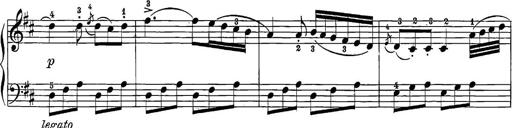
Title: 12 Sonatine per Pianoforte
Composer: Friedrich Kuhlau